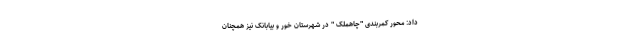
داد: محور کمربندی "چاهمَلِک " در شهرستان خور و بیابانک نیز همچنان